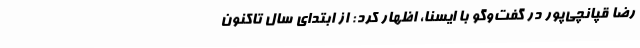
رضا قپانچی‌پور در گفت‌وگو با ایسنا، اظهار کرد: از ابتدای سال تاکنون